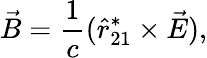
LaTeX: \vec{B}=\frac{1}{c}(\hat{r}_{21}^{*}\times\vec{E}),